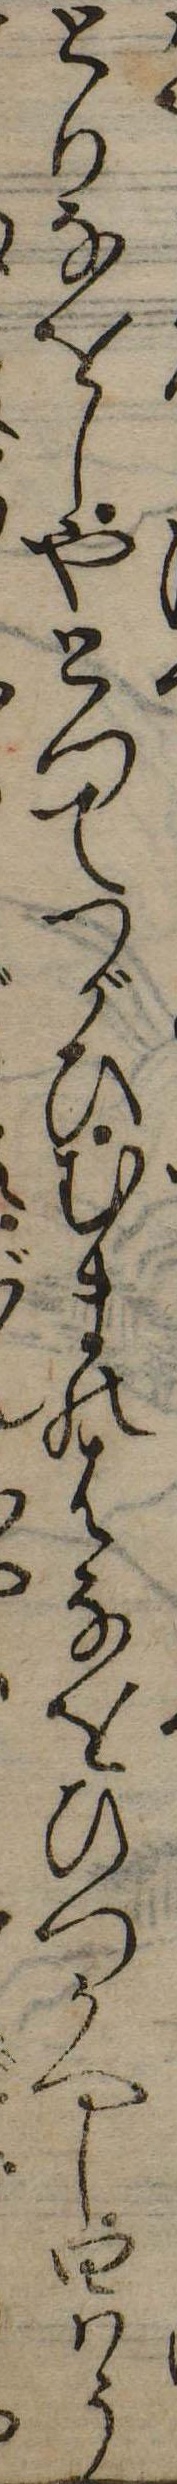
とりなをしやとつてつがひむまのはなをひつかへし四はう